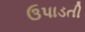
ઉપાડતી